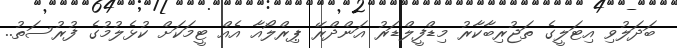
ބަދަލުވި އިޓަލީގެ ތަޖުރިބާކާރު މިޑްފީލްޑަރު އަންދްރޭ ޕިރްލޯއާ އެއް ޓީމަކަށް ކުޅެލުމުގެ ފުރުސަތު..